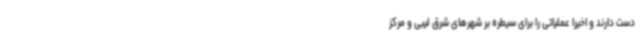
دست دارند و اخیرا عملیاتی را برای سیطره بر شهرهای شرق لیبی و مرکز